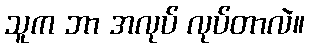
သူက ဘာ အလုပ် လုပ်တာလဲ။